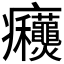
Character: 𰤋